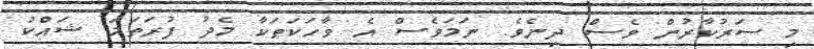
މި ސަރުކާރުން ވެސް ދިނެވެ. ނަމަވެސް އެ ވާހަކަތަކާ މެދު ފުރަތަމަ ޝައްކު